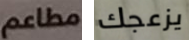
مطاعم يزعجك